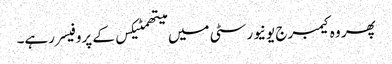
پھر وہ کیمبرج یونیورسٹی میں میتھمٹیکس کے پروفیسر رہے۔